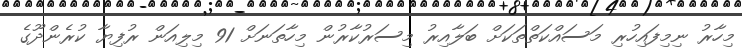
މިހާރު ނިމިފައިހުރި މަސައްކަތްތަކަށް ބަލާއިރު މިސަރުކާރުން މިހާތަނަށް 91 މިލިއަން ރުފިޔާ ކުރެންދޫގެ